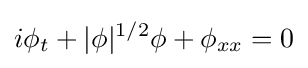
i\phi _{t}+|\phi |^{1/2}\phi +\phi _{xx}=0